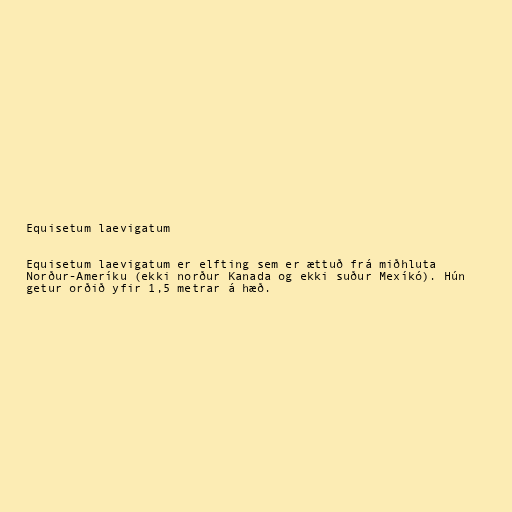
Equisetum laevigatum

Equisetum laevigatum er elfting sem er ættuð frá miðhluta
Norður-Ameríku (ekki norður Kanada og ekki suður Mexíkó). Hún
getur orðið yfir 1,5 metrar á hæð.